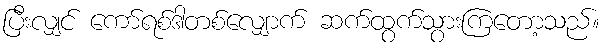
ပြီးလျှင် ကော်ရစ်ဒါတစ်လျှောက် ဆက်ထွက်သွားကြတော့သည်။